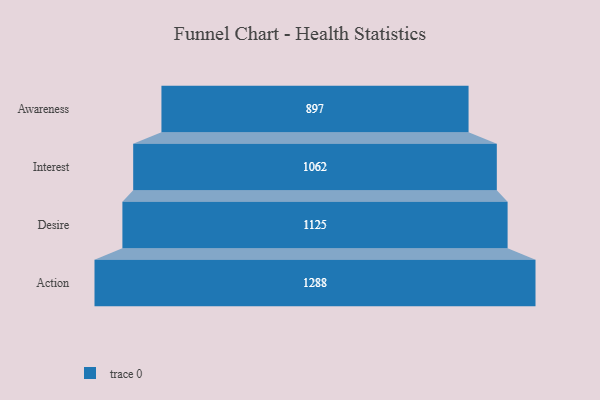
{"axis": {"x": "Stage", "y": "Value"}, "legend": [""], "data": [{"x": "Awareness", "y": 897.0, "type": ""}, {"x": "Interest", "y": 1062.0, "type": ""}, {"x": "Desire", "y": 1125.0, "type": ""}, {"x": "Action", "y": 1288.0, "type": ""}]}